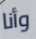
وأنا